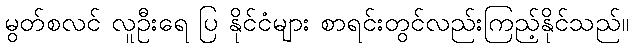
မွတ်စလင် လူဦးရေ ပြ နိုင်ငံများ စာရင်းတွင်လည်းကြည့်နိုင်သည်။